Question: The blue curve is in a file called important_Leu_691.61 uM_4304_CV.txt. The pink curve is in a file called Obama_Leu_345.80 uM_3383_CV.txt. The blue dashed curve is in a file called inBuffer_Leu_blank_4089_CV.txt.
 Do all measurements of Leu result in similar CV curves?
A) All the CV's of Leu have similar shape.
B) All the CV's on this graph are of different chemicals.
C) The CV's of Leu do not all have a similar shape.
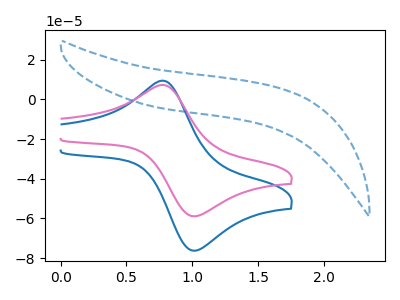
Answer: <think>The blue curve "Leu_691.61 uM" has an anodic peak at (0.80V, 9.45uA) and a cathodic peak at (1.00V, -76.05uA). The pink curve "Leu_345.80 uM" has an anodic peak at (0.80V, 7.30uA) and a cathodic peak at (1.00V, -58.75uA). The blue dashed curve "Leu_blank" has no peaks.
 All the peaks in "Leu_691.61 uM" have a peak in "Leu_345.80 uM" at the same potential. Every peak in "Leu_691.61 uM" is higher than every peak in "Leu_345.80 uM". "Leu_691.61 uM" and "Leu_blank" have a different number of peaks. "Leu_345.80 uM" and "Leu_blank" have a different number of peaks.</think>
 <answer>A) All the CV's of "Leu" have similar shape.</answer>
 <eval>A</eval>